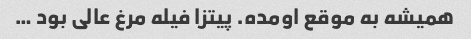
همیشه به موقع اومده. پیتزا فیله مرغ عالی بود …